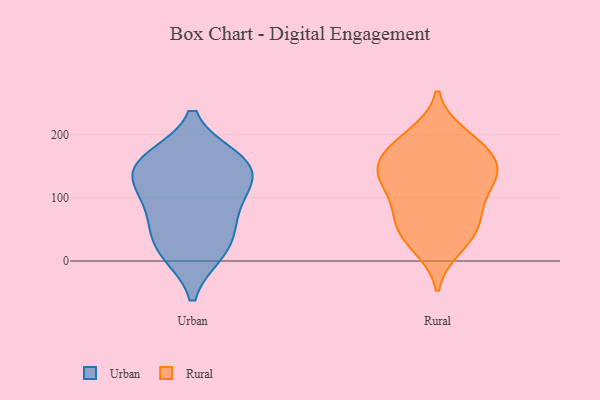
{"axis": {"x": "Energy Usage (MWh)", "y": "Value"}, "legend": ["Rural", "Urban"], "data": [{"x": "", "y": 144, "type": "Urban"}, {"x": "", "y": 103, "type": "Urban"}, {"x": "", "y": 48, "type": "Urban"}, {"x": "", "y": 115, "type": "Urban"}, {"x": "", "y": 17, "type": "Urban"}, {"x": "", "y": 14, "type": "Urban"}, {"x": "", "y": 154, "type": "Urban"}, {"x": "", "y": 73, "type": "Urban"}, {"x": "", "y": 161, "type": "Urban"}, {"x": "", "y": 154, "type": "Urban"}, {"x": "", "y": 138, "type": "Rural"}, {"x": "", "y": 63, "type": "Rural"}, {"x": "", "y": 132, "type": "Rural"}, {"x": "", "y": 142, "type": "Rural"}, {"x": "", "y": 139, "type": "Rural"}, {"x": "", "y": 167, "type": "Rural"}, {"x": "", "y": 30, "type": "Rural"}, {"x": "", "y": 200, "type": "Rural"}, {"x": "", "y": 162, "type": "Rural"}, {"x": "", "y": 126, "type": "Rural"}, {"x": "", "y": 181, "type": "Rural"}, {"x": "", "y": 62, "type": "Rural"}, {"x": "", "y": 50, "type": "Rural"}, {"x": "", "y": 88, "type": "Rural"}, {"x": "", "y": 97, "type": "Rural"}, {"x": "", "y": 21, "type": "Rural"}, {"x": "", "y": 193, "type": "Rural"}]}